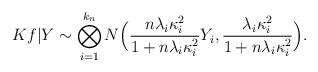
LaTeX: \begin{align*} Kf | Y \sim \bigotimes_{i=1}^{k_n} N\Bigl(\frac{n\lambda_i\kappa_i^2}{1+n\lambda_i\kappa_i^2}Y_i, \frac{\lambda_i\kappa_i^2}{1+n\lambda_i\kappa_i^2}\Bigr).\end{align*}